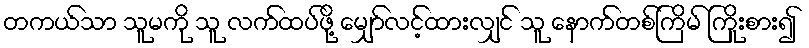
တကယ်သာ သူမကို သူ လက်ထပ်ဖို့ မျှော်လင့်ထားလျှင် သူ နောက်တစ်ကြိမ် ကြိုးစား၍